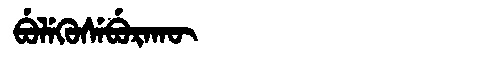
Manchu: ᠪᡠᠯᡝᡴᡠᠰᡝᠪᡠᡵᠠᡴᡡ
Romanization: BULEKUSEBURAKŪ